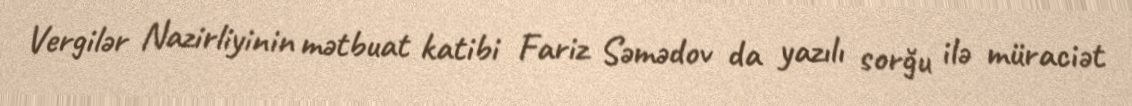
Vergilər Nazirliyinin mətbuat katibi Fariz Səmədov da yazılı sorğu ilə müraciət